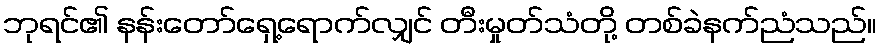
ဘုရင်၏ နန်းတော်ရှေ့ရောက်လျှင် တီးမှုတ်သံတို့ တစ်ခဲနက်ညံသည်။